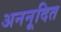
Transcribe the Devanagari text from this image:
अननूदित